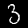
Digit: 3